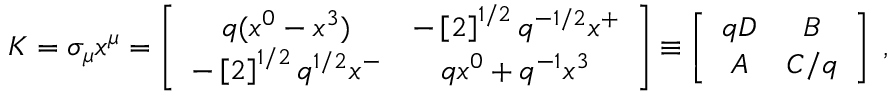
K = \sigma _ { \mu } x ^ { \mu } = \left[ \begin{array} { c c } { { q ( x ^ { 0 } - x ^ { 3 } ) } } & { { - \left[ 2 \right] ^ { 1 / 2 } q ^ { - 1 / 2 } x ^ { + } } } \\ { { - \left[ 2 \right] ^ { 1 / 2 } q ^ { 1 / 2 } x ^ { - } } } & { { q x ^ { 0 } + q ^ { - 1 } x ^ { 3 } } } \end{array} \right] \equiv \left[ \begin{array} { c c } { { q D } } & { { B } } \\ { { A } } & { { C / q } } \end{array} \right] \; ,